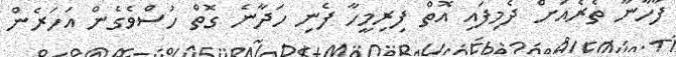
ފާހާނާ ތެރެއަށް ދެމިފައި އޮތް ފިރިމީހާ ފެނި ހަދާނެ ގޮތް ހުސްވެގެން އަހަރެން